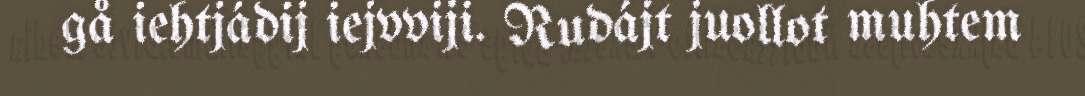
gå iehtjádij iejvviji. Rudájt juollot muhtem